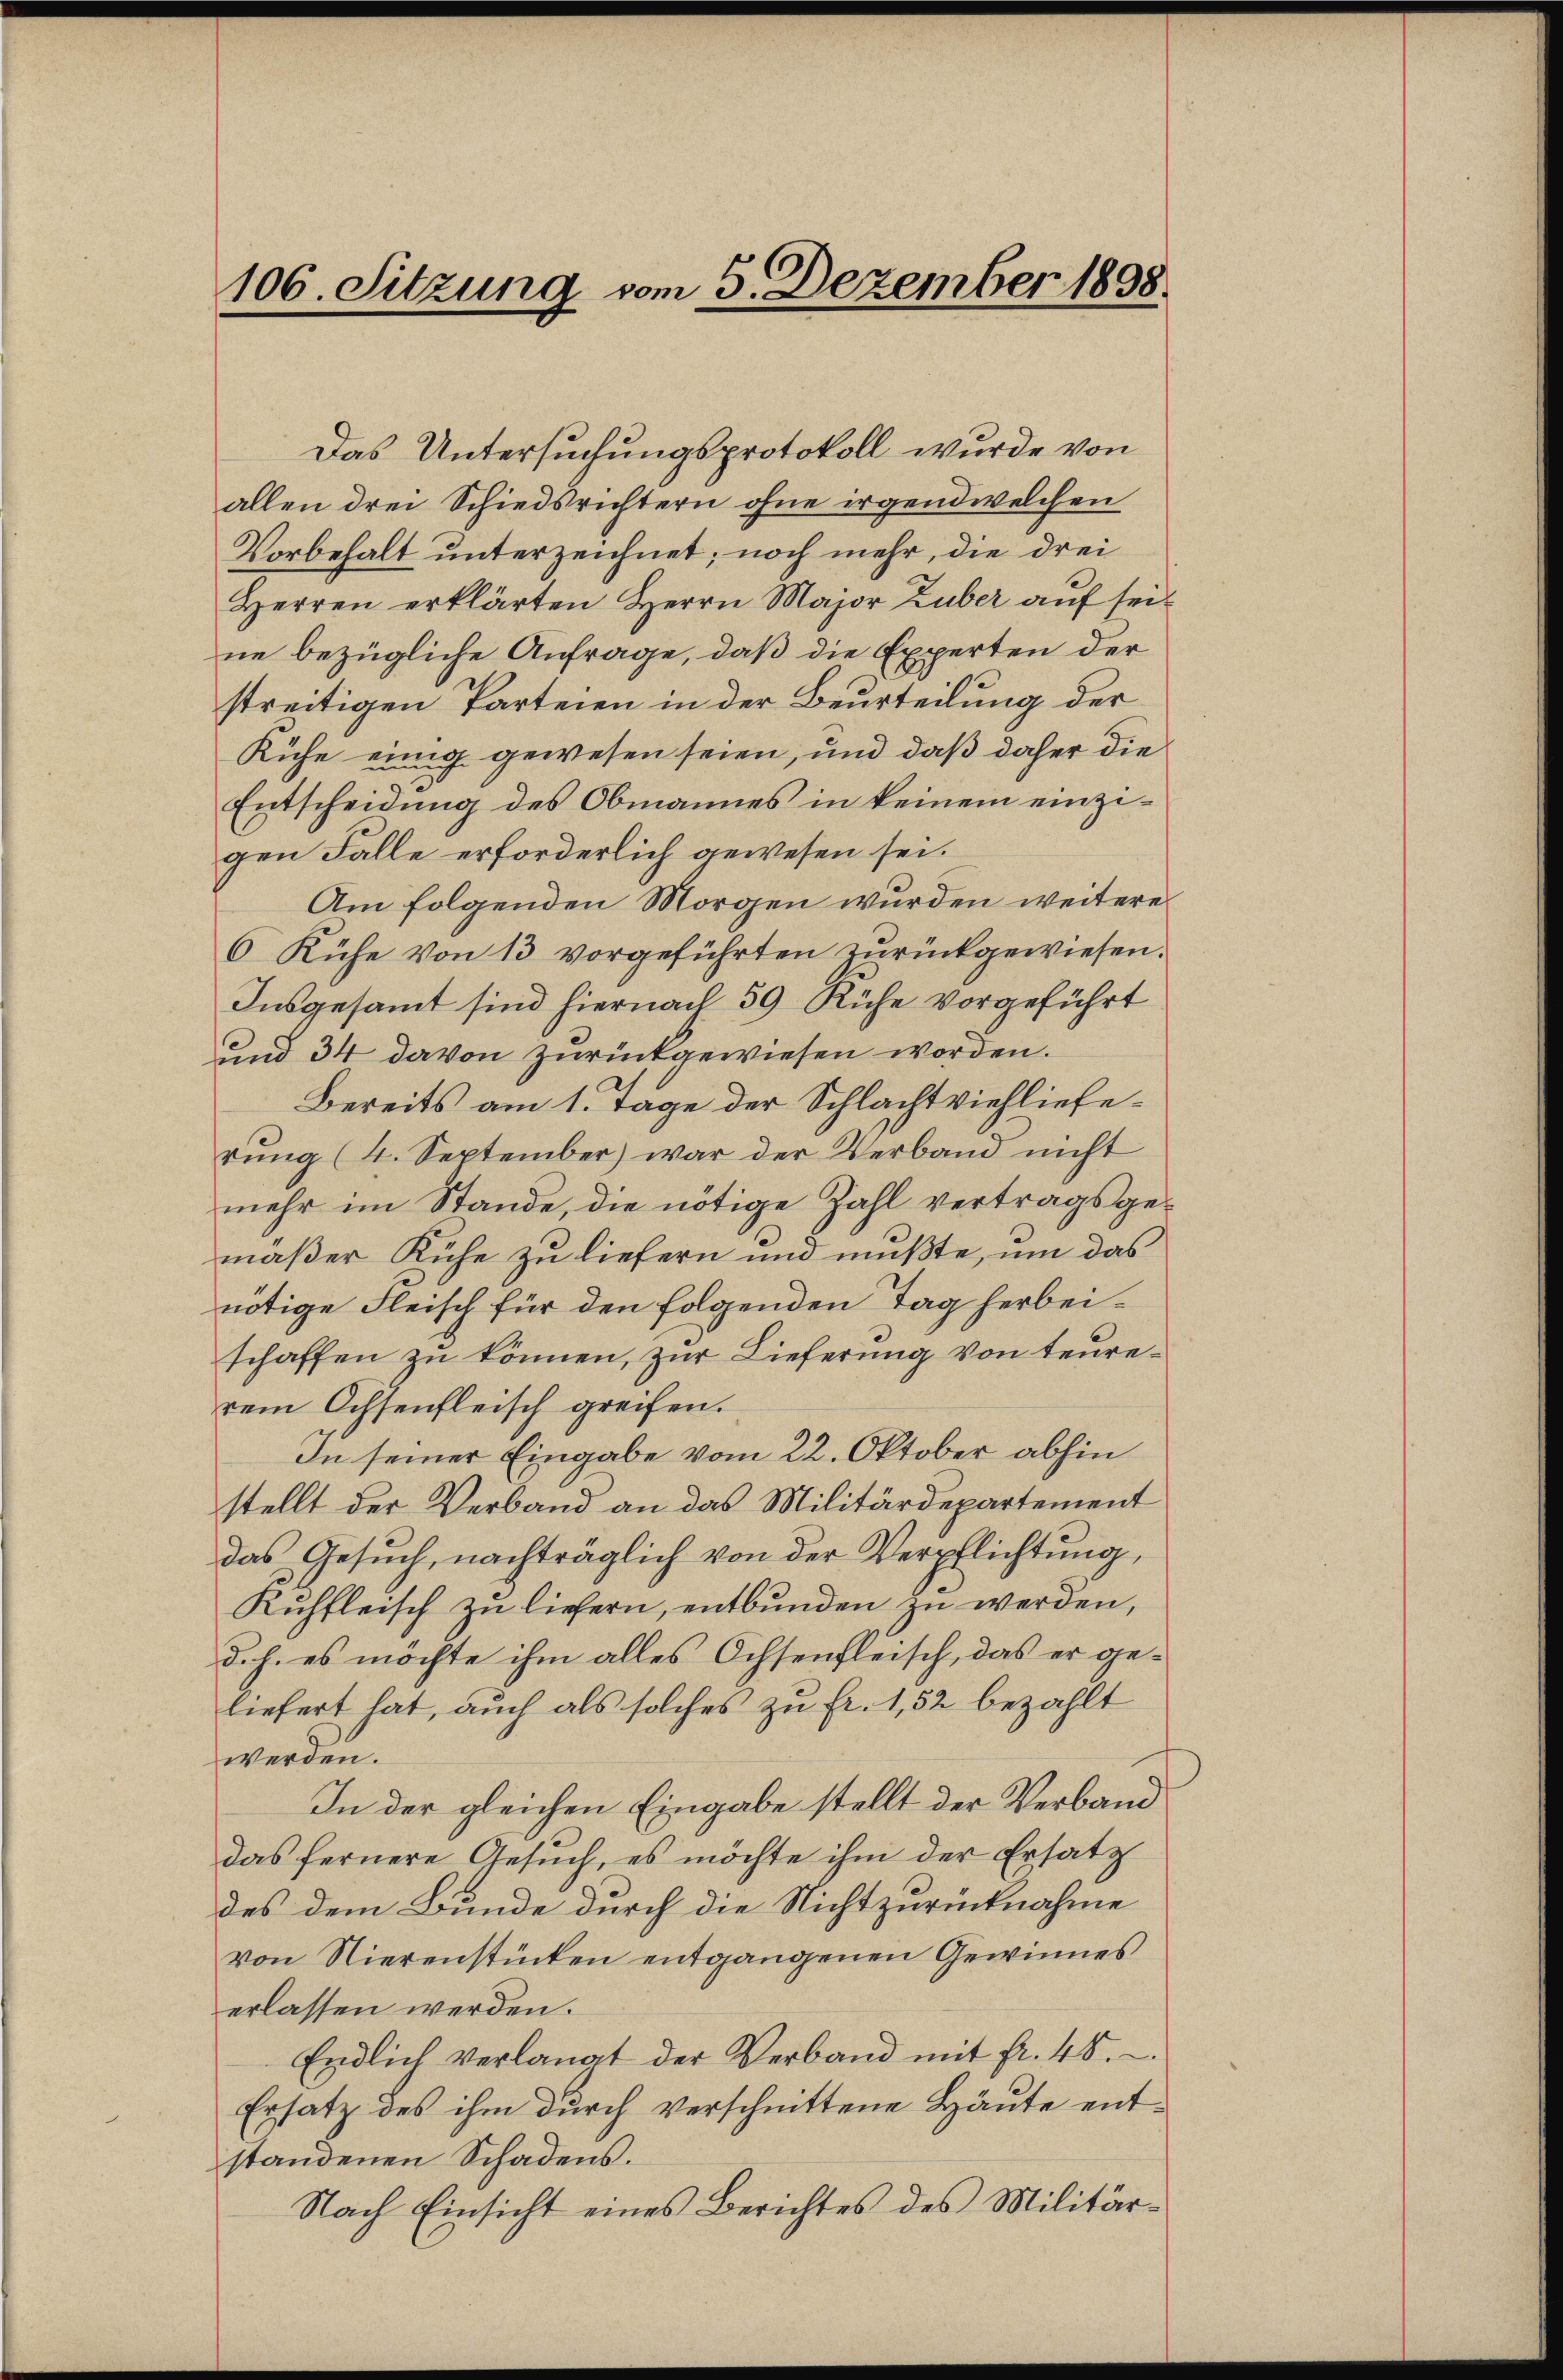
106. Sitzung vom 5. Dezember 1898.

Das Untersuchungsprotokoll wurde von
allen drei Schiedsrichtern ohne irgend welchen
Vorbehalt unterzeichnet; noch mehr, die drei
Herren erklärten Herrn Major Zuber auf seine bezügliche Anfrage, daß die Experten der
streitigen Parteien in der Beurteilung der
Kühe einig gewesen seien, und daß daher die
Entscheidung des Obmannes in keinem einzigen Falle erforderlich gewesen sei.
Am folgenden Morgen wurden weiteres
6 Kühe von 13 vorgeführten zurückgewiesen.
Insgesammt sind hiernach 59 Ruhe vorgeführt
und 34 davon zurückgewiesen worden.
Bereits am 1. Tage der Schlachtviehlieferŭng (4. September) war der Verband nicht
mehr im Stande, die nötige Zahl vertragsgemäßer Kühe zu liefern und mußte, um das
nötige Fleisch für den folgenden Tag herbeischaffen zu können, zur Lieferung von teurerem Ochsenfleisch greifen.
In seiner Eingabe vom 22. Oktober abhin
stellt der Verband an das Militärdepartement
das Gesŭch, nachträglich von der Verpflichtung,
Kuffleisch zu liefern, entbunden zu werden,
d. h. es möchte ihm alles Ochsenfleisch, das er geliefert hat, auch als solches zu Fr. 1,52 bezahlt
werden.
In der gleichen Eingabe stellt der Verband
das fernere Gesuch, es möchte ihm der Ersatz
des dem Bunde durch die Nichtzurücknahme
von Nierenstücken entgangenen Gewinnes
erlassen werden.
Endlich verlangt der Verband mit Fr. 45.
Ersatz des ihm durch verschnittene Häute entstandenen Schadens.
Nach Einsicht eines Berichtes des Militär¬